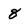
Character: 8